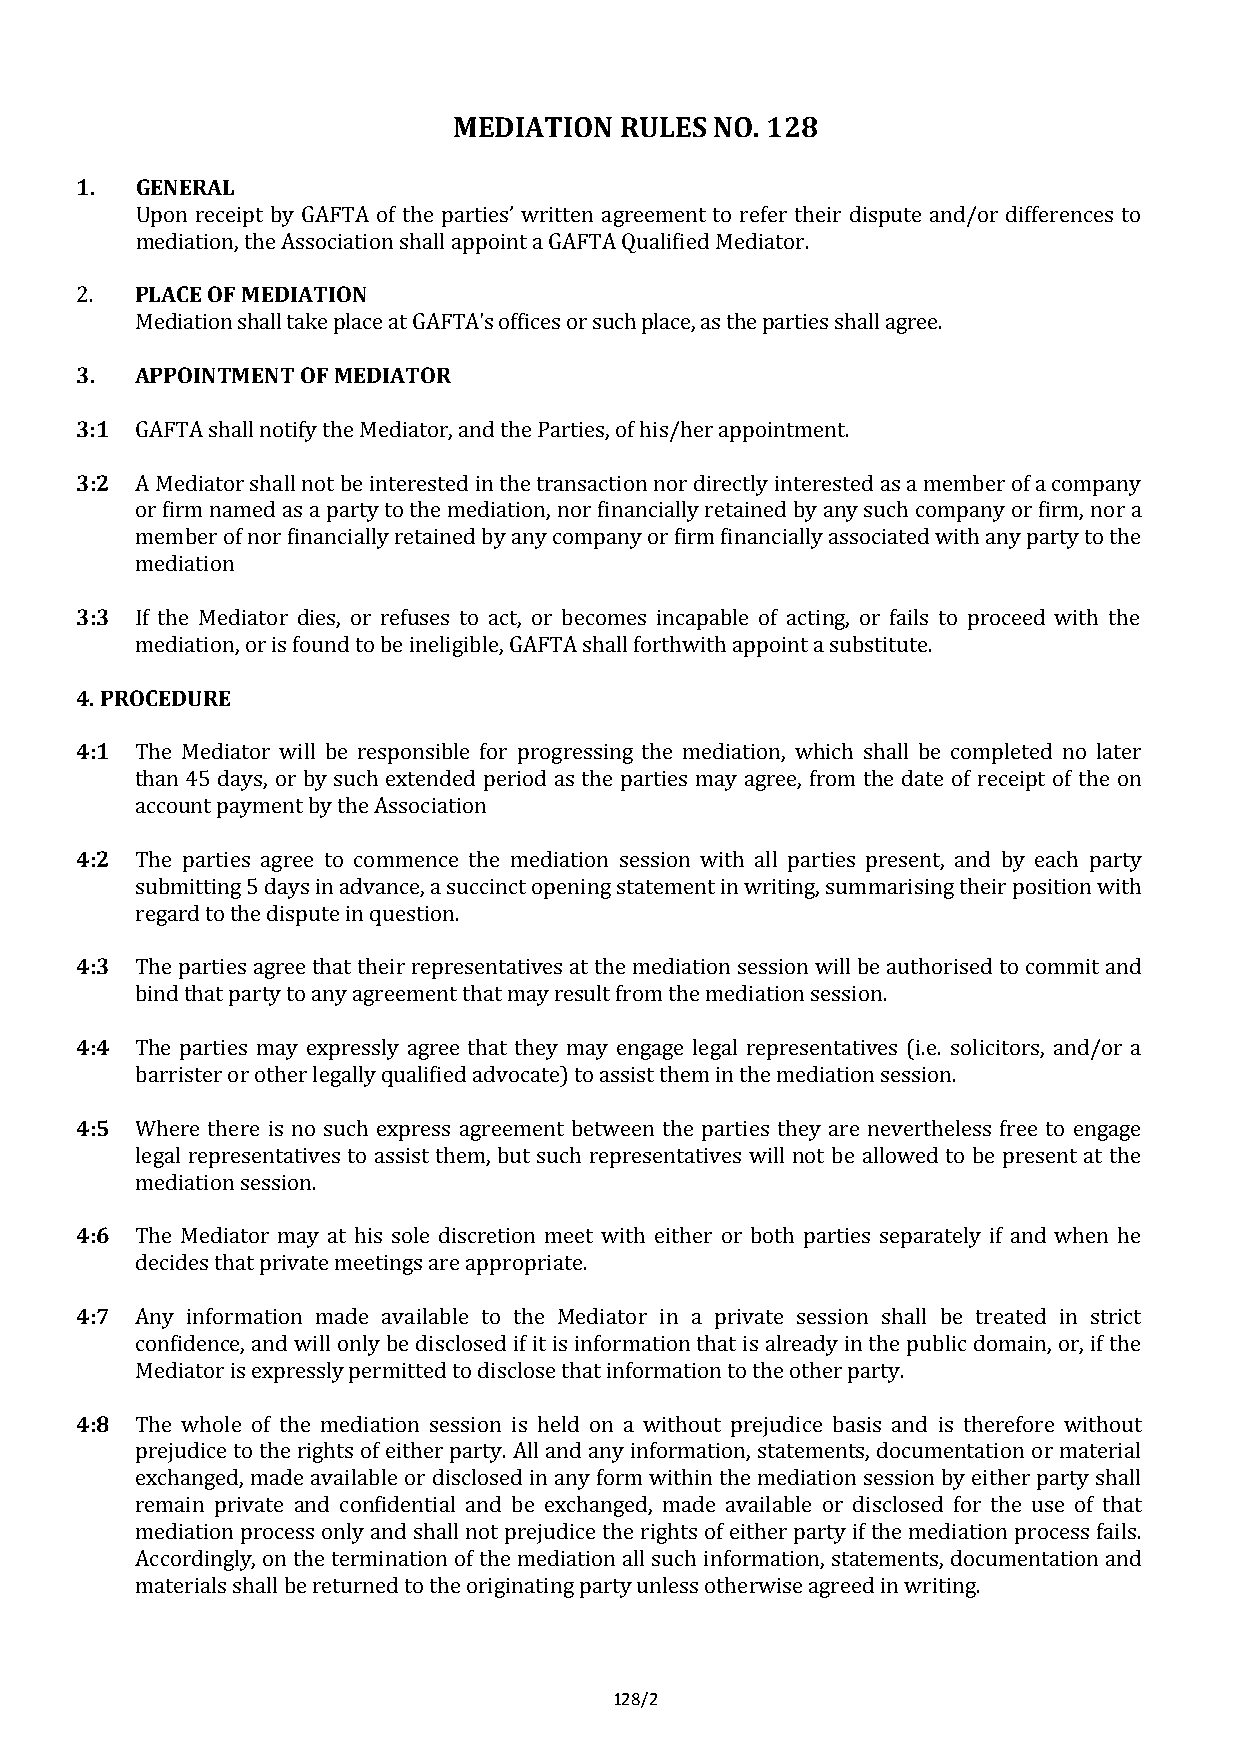
MEDIATION  RULES NO. 128
 1.  GENERAL
 Upon receipt by GAFTA of the parties’ written agreement to refer their dispute and/or differences to
 PmLeAdCiaEt iOonF, MthEeD AIsAsTocIOiaNti on shall appoint a GAFTA Qualified Mediator.
 2.
 3.  MAPePdiOaItiNoTnM shEaNllT ta OkFe pMlaEcDeI aAtT GOARF TA's offices or such place, as the parties shall agree.
 3:1
 3:2 GAFTA shall notify the Mediator, and the Parties, of his/her appointment.
 A Mediator shall not be interested in the transaction nor directly interested as a member of a company
 or firm named as a party to the mediation, nor financially retained by any such company or firm, nor a
 member of nor financially retained by any company or firm financially associated with any party to the
 3:3 mediation
 If the Mediator dies, or refuses to act, or becomes incapable of acting, or fails to proceed with the
 4. PROmCeEdDiaUtRioEn , or is found to be ineligible, GAFTA shall forthwith appoint a substitute.
 4:1
 The Mediator will be responsible for progressing the mediation, which shall be completed no later
 than 45 days, or by such extended period as the parties may agree, from the date of receipt of the on
 4:2 account payment by the Association
 The parties agree to commence the mediation session with all parties present, and by each party
 submitting 5 days in advance, a succinct opening statement in writing, summarising their position with
 4:3 regard to the dispute in question.
 The parties agree that their representatives at the mediation session will be authorised to commit and
 4:4 bind that party to any agreement that may result from the mediation session.
 The parties may expressly agree that they may engage legal representatives (i.e. solicitors, and/or a
 4:5 barrister or other legally qualified advocate) to assist them in the mediation session.
 Where there is no such express agreement between the parties they are nevertheless free to engage
 legal representatives to assist them, but such representatives will not be allowed to be present at the
 4:6 mediation session.
 The Mediator may at his sole discretion meet with either or both parties separately if and when he
 4:7 decides that private meetings are appropriate.
 Any information made available to the Mediator in a private session shall be treated in strict
 confidence, and will only be disclosed if it is information that is already in the public domain, or, if the
 4:8 Mediator is expressly permitted to disclose that information to the other party.
 The whole of the mediation session is held on a without prejudice basis and is therefore without
 prejudice to the rights of either party. All and any information, statements, documentation or material
 exchanged, made available or disclosed in any form within the mediation session by either party shall
 remain private and confidential and be exchanged, made available or disclosed for the use of that
 mediation process only and shall not prejudice the rights of either party if the mediation process fails.
 Accordingly, on the termination of the mediation all such information, statements, documentation and
 materials shall be returned to the originating party unless otherwise agreed in writing.
 128/2